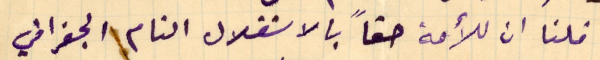
قلنا ان للأمة حقاً بالاستقلال التام الجغرافي